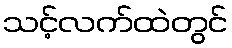
သင့်လက်ထဲတွင်